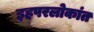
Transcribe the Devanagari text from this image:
इहपरलोकांत